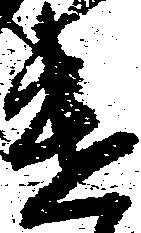
遣